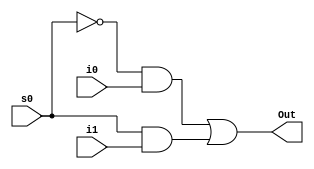
module mux2_1(output Out, input i0, input i1, input s0);

   wire and0_or0, and1_or0;
   wire sn0;

   not n0(sn0, s0);
   
   and and0(and0_or0, sn0, i0);
   and and1(and1_or0, s0, i1);

   or or0(Out, and0_or0, and1_or0);

endmodule // mux2_1